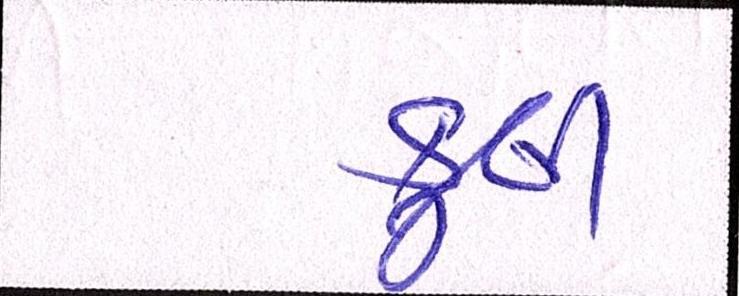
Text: કુલી